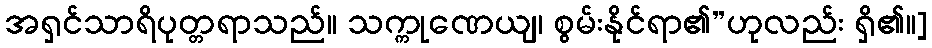
အရှင်သာရိပုတ္တရာသည်။ သက္ကုဏေယျ၊ စွမ်းနိုင်ရာ၏”ဟုလည်း ရှိ၏။]